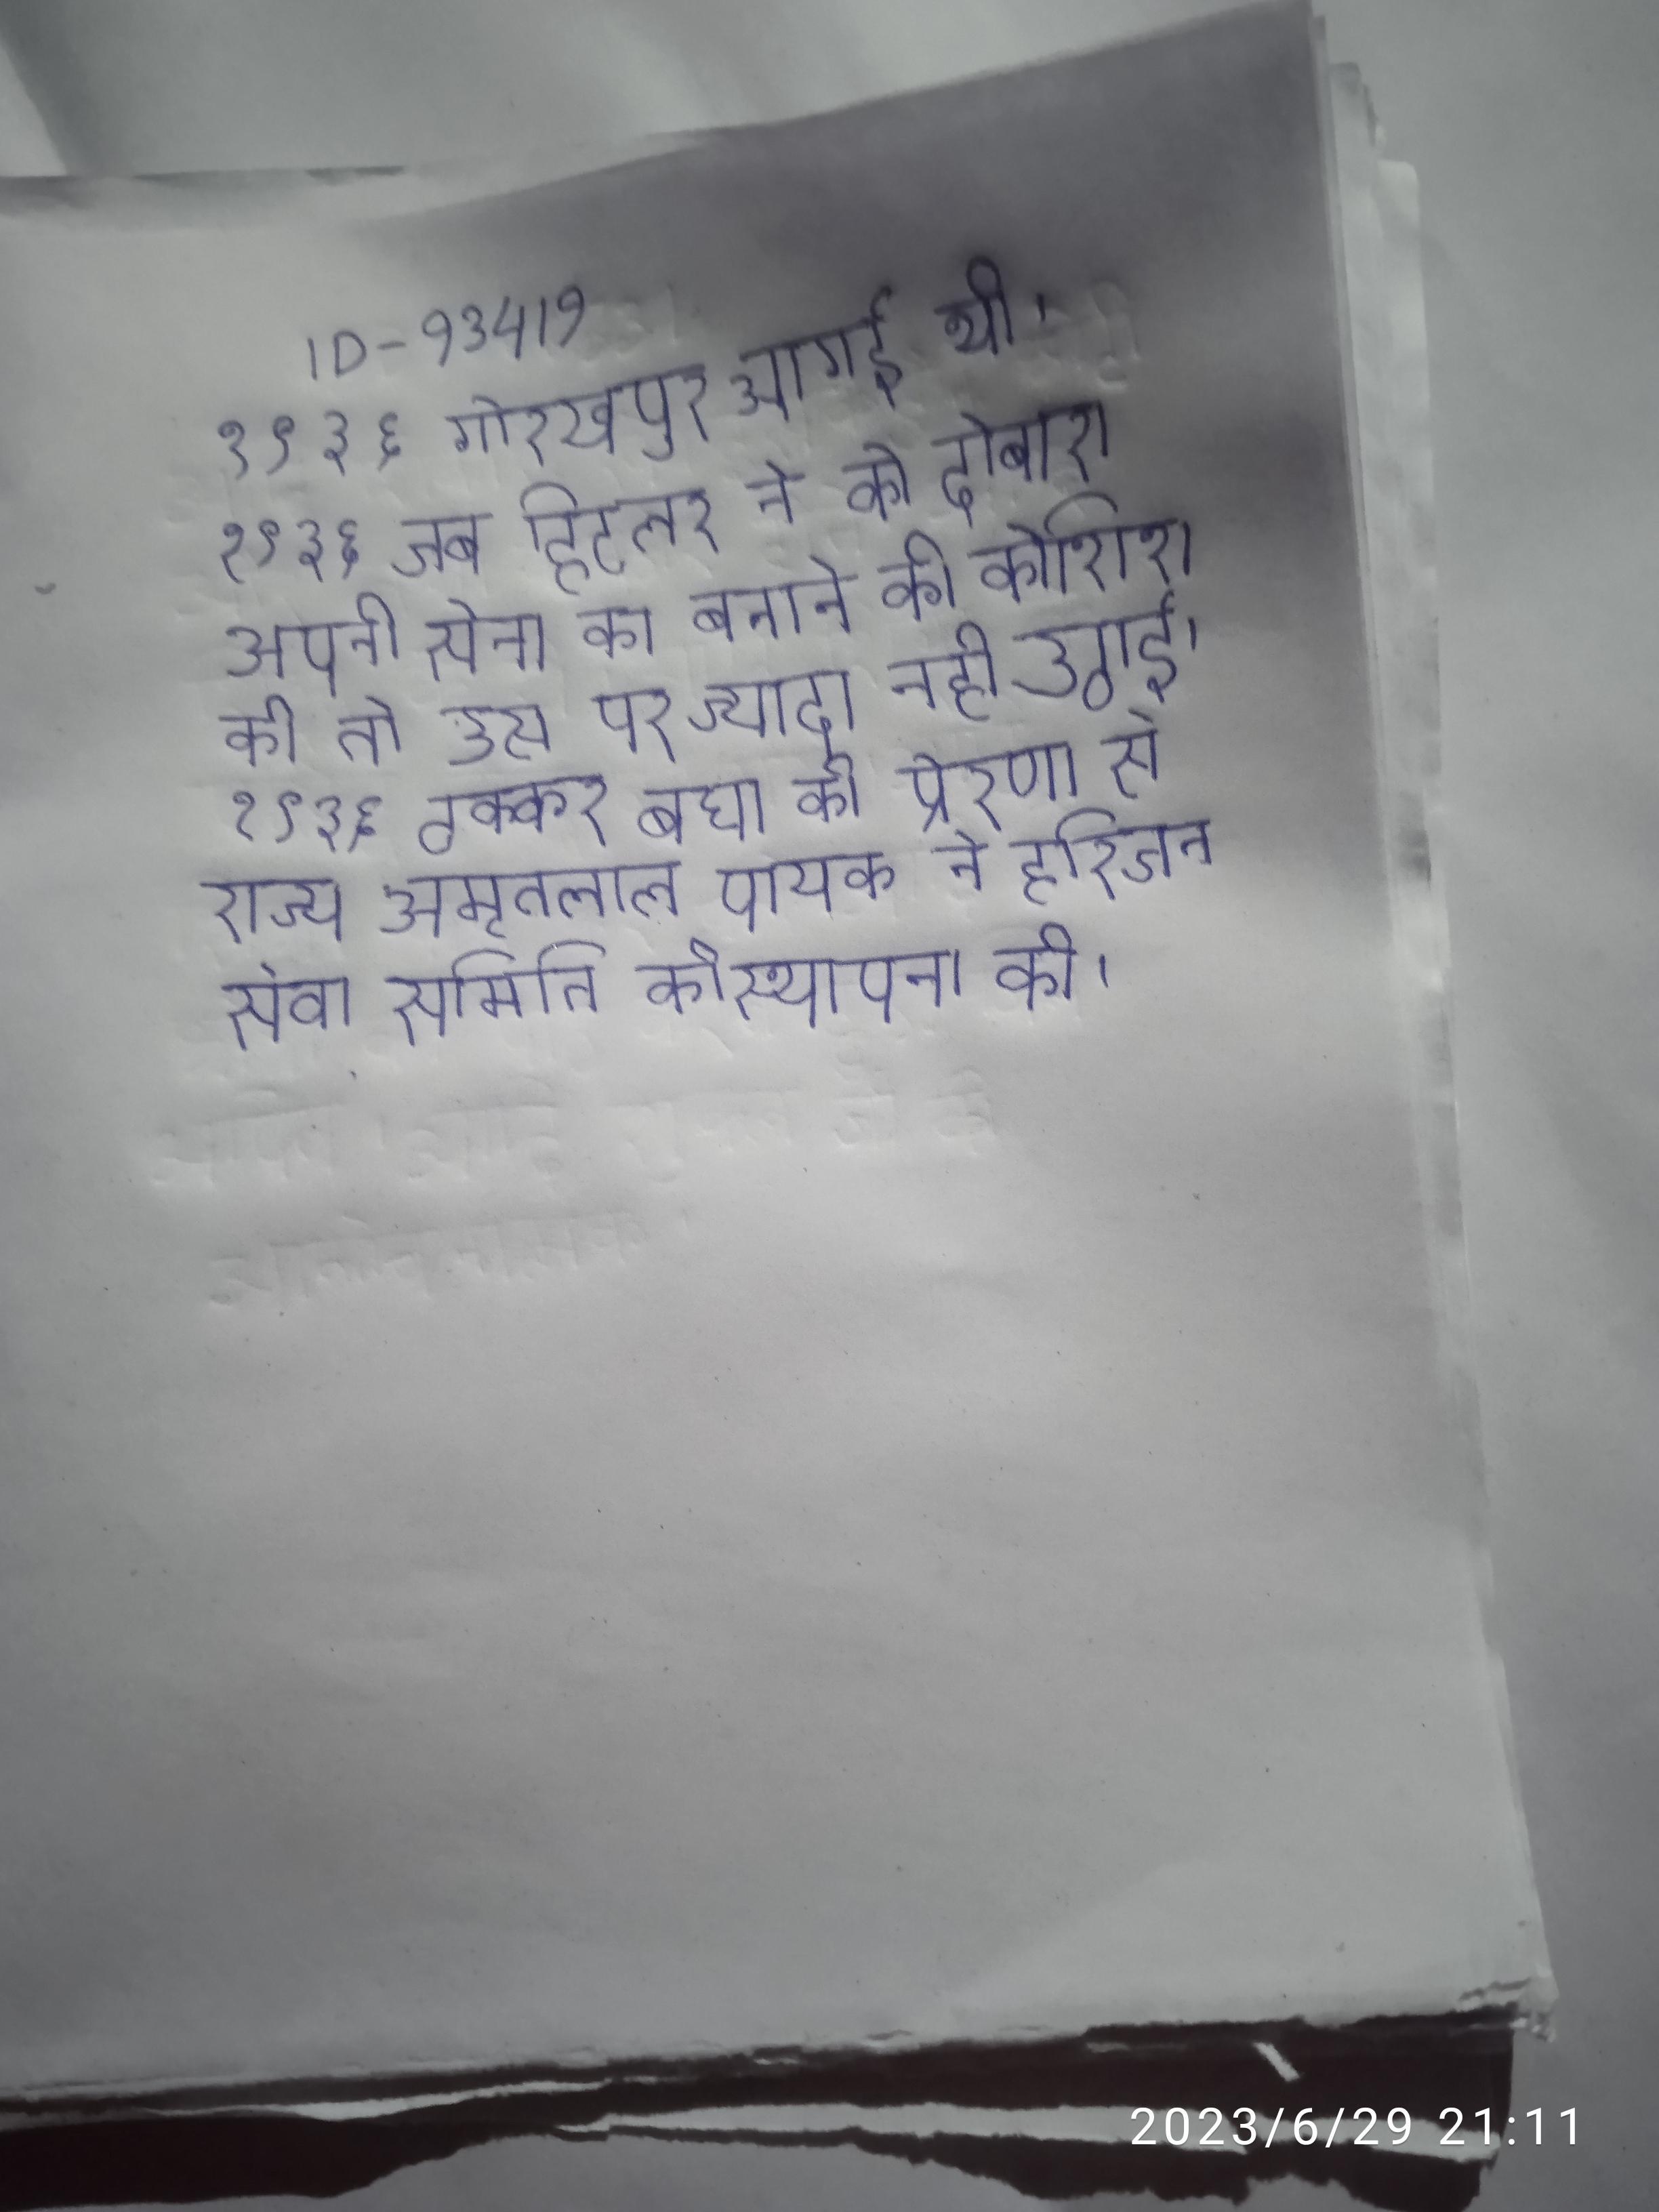
१९३६ गोरखपुर आगई थी । १९३६ जब हिटलर ने को दोबारा अपनी सेना का बनाने की कोशिश की तो उस पर ज्यादा नही उठाई गई । १९३६ ठक्कर बघा की प्रेरणा से राज्य अमृतलाल पायक ने हरिजन सेवा समिति की स्थापना की ।